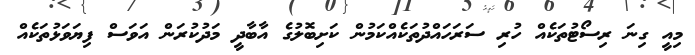
މިއީ ގިނަ ރިސޯޓުތަކެއް ހުރި ސަރަހައްދުތަކެއްކަމުން ކަށިބޮލުގެ އާބާދީ މަދުކުރަން އަވަސް ފިޔަވަޅުތަކެއް